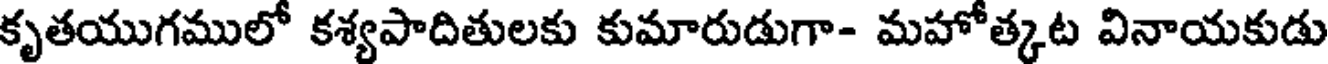
కృతయుగములో కశ్యపాదితులకు కుమారుడుగా- మహోత్కట వినాయకుడు